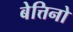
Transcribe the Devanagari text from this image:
बेत्तिनो